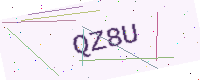
Text: QZ8U